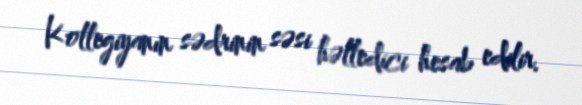
Kollegiyanın sədrinin səsi həlledici hesab edilir.